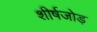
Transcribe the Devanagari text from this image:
शीर्षजोड़